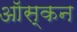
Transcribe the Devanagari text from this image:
ऑस्कन